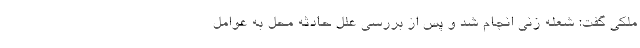
ملکی گفت: شعله زنی انجام شد و پس از بررسی علل حادثه محل به عوامل